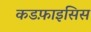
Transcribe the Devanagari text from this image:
कडफ़ाइसिस